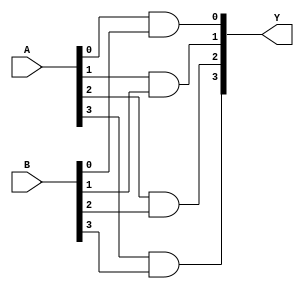
module And_Verilog_P (A, B, Y);
    parameter N = 4;
    input [N-1:0] A;
    input [N-1:0] B;
    output [N-1:0] Y;
    
    genvar i;
    generate for(i = 0; i < N; i = i + 1) 
    begin:r_loop
        and g1(Y[i], A[i], B[i]);
    end
    endgenerate
    
endmodule